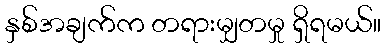
နှစ်အချက်က တရားမျှတမှု ရှိရမယ်။